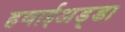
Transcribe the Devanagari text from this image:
हवाईअड़्डा